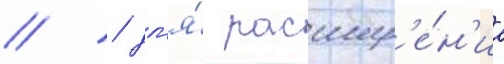
// / дл'я́ расшир'е́н'иа